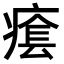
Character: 𤸌